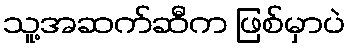
သူ့အဆက်ဆီက ဖြစ်မှာပဲ